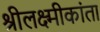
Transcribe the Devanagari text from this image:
श्रीलक्ष्मीकांता